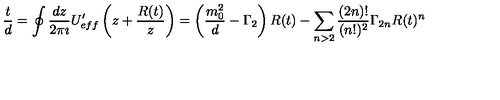
\frac { t } { d } = \oint \frac { d z } { 2 \pi \imath } U _ { e f f } ^ { \prime } \left( z + \frac { R ( t ) } { z } \right) = \left( \frac { m _ { 0 } ^ { 2 } } { d } - \Gamma _ { 2 } \right) R ( t ) - \sum _ { n > 2 } \frac { ( 2 n ) ! } { ( n ! ) ^ { 2 } } \Gamma _ { 2 n } R ( t ) ^ { n }